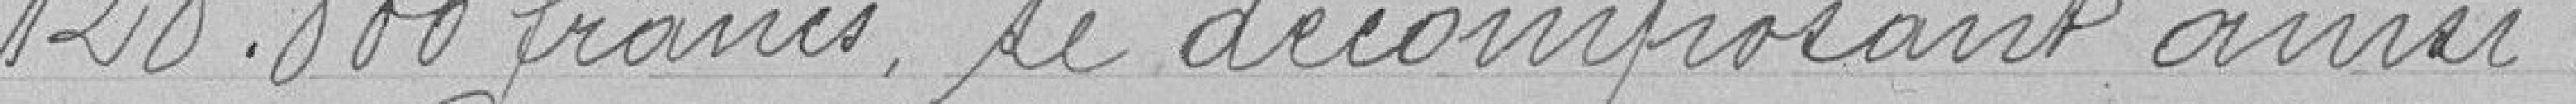
128.000 francs se décomposant ainsi :